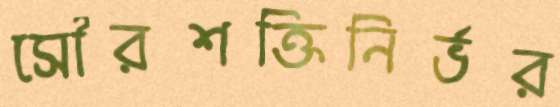
সৌরশক্তিনির্ভর